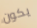
يكون